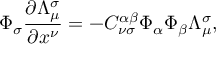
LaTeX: \Phi _ { \sigma } \frac { \partial \Lambda _ { \mu } ^ { \sigma } } { \partial x ^ { \nu } } = - C _ { \nu \sigma } ^ { \alpha \beta } \Phi _ { \alpha } \Phi _ { \beta } \Lambda _ { \mu } ^ { \sigma } ,